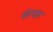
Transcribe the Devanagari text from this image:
संगह